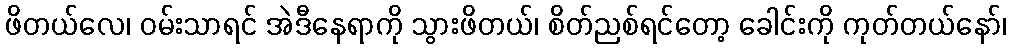
ဖိတယ်လေ၊ ဝမ်းသာရင် အဲဒီနေရာကို သွားဖိတယ်၊ စိတ်ညစ်ရင်တော့ ခေါင်းကို ကုတ်တယ်နော်၊